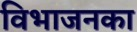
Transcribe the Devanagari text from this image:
विभाजनका